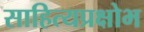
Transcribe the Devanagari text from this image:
साहित्यप्रक्षोभ